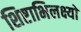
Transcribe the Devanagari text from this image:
शिष्टाभिलक्ष्यो